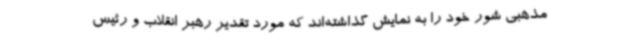
مذهبی شور خود را به نمایش گذاشته‌اند که مورد تقدیر رهبر انقلاب و رئیس